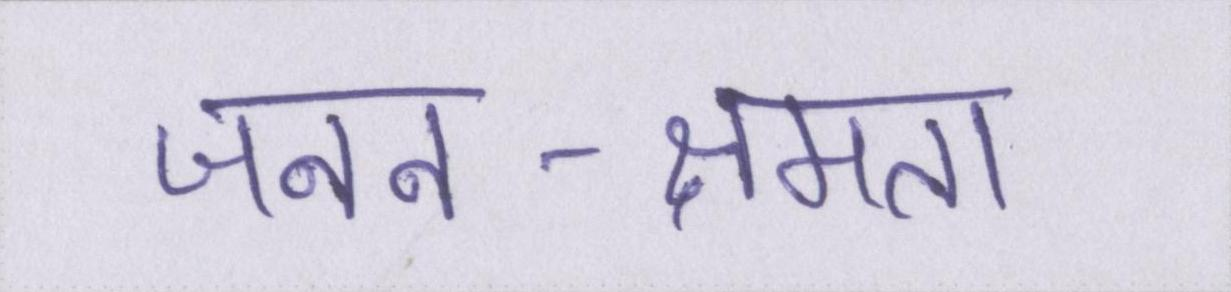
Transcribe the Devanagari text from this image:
जनन-क्षमता